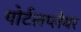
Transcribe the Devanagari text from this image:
पोर्टलप्लेयर